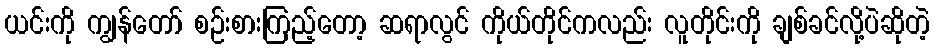
ယင်းကို ကျွန်တော် စဉ်းစားကြည့်တော့ ဆရာလွင် ကိုယ်တိုင်ကလည်း လူတိုင်းကို ချစ်ခင်လို့ပဲဆိုတဲ့